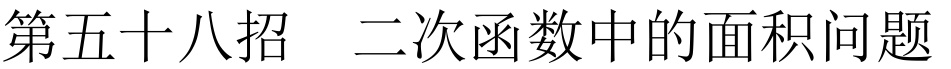
第五十八招  二次函数中的面积问题